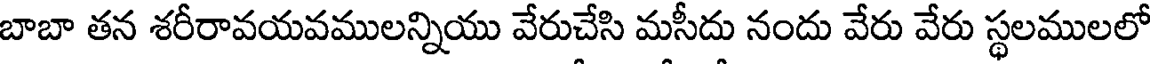
బాబా తన శరీరావయవములన్నియు వేరుచేసి మసీదు నందు వేరు వేరు స్థలములలో